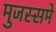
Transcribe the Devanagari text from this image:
मुजस्समे